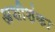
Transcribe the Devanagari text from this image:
अशीशंका